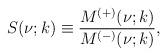
LaTeX: \begin{align*}S(\nu;k)\equiv\frac{M^{(+)}(\nu;k)}{M^{(-)}(\nu;k)},\end{align*}